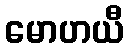
မောဟယီ